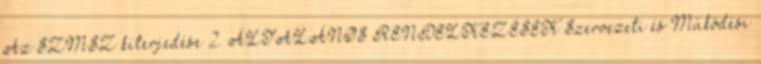
Az SZMSZ kiterjedése 2. ÁLTALÁNOS RENDELKEZÉSEK Szervezeti és Működési